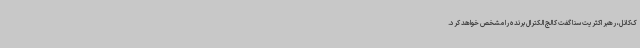
ک‌کانل، رهبر اکثریت سنا گفت کالج الکترال برنده را مشخص خواهد کرد.